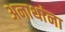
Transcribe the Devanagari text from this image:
अनाथांना